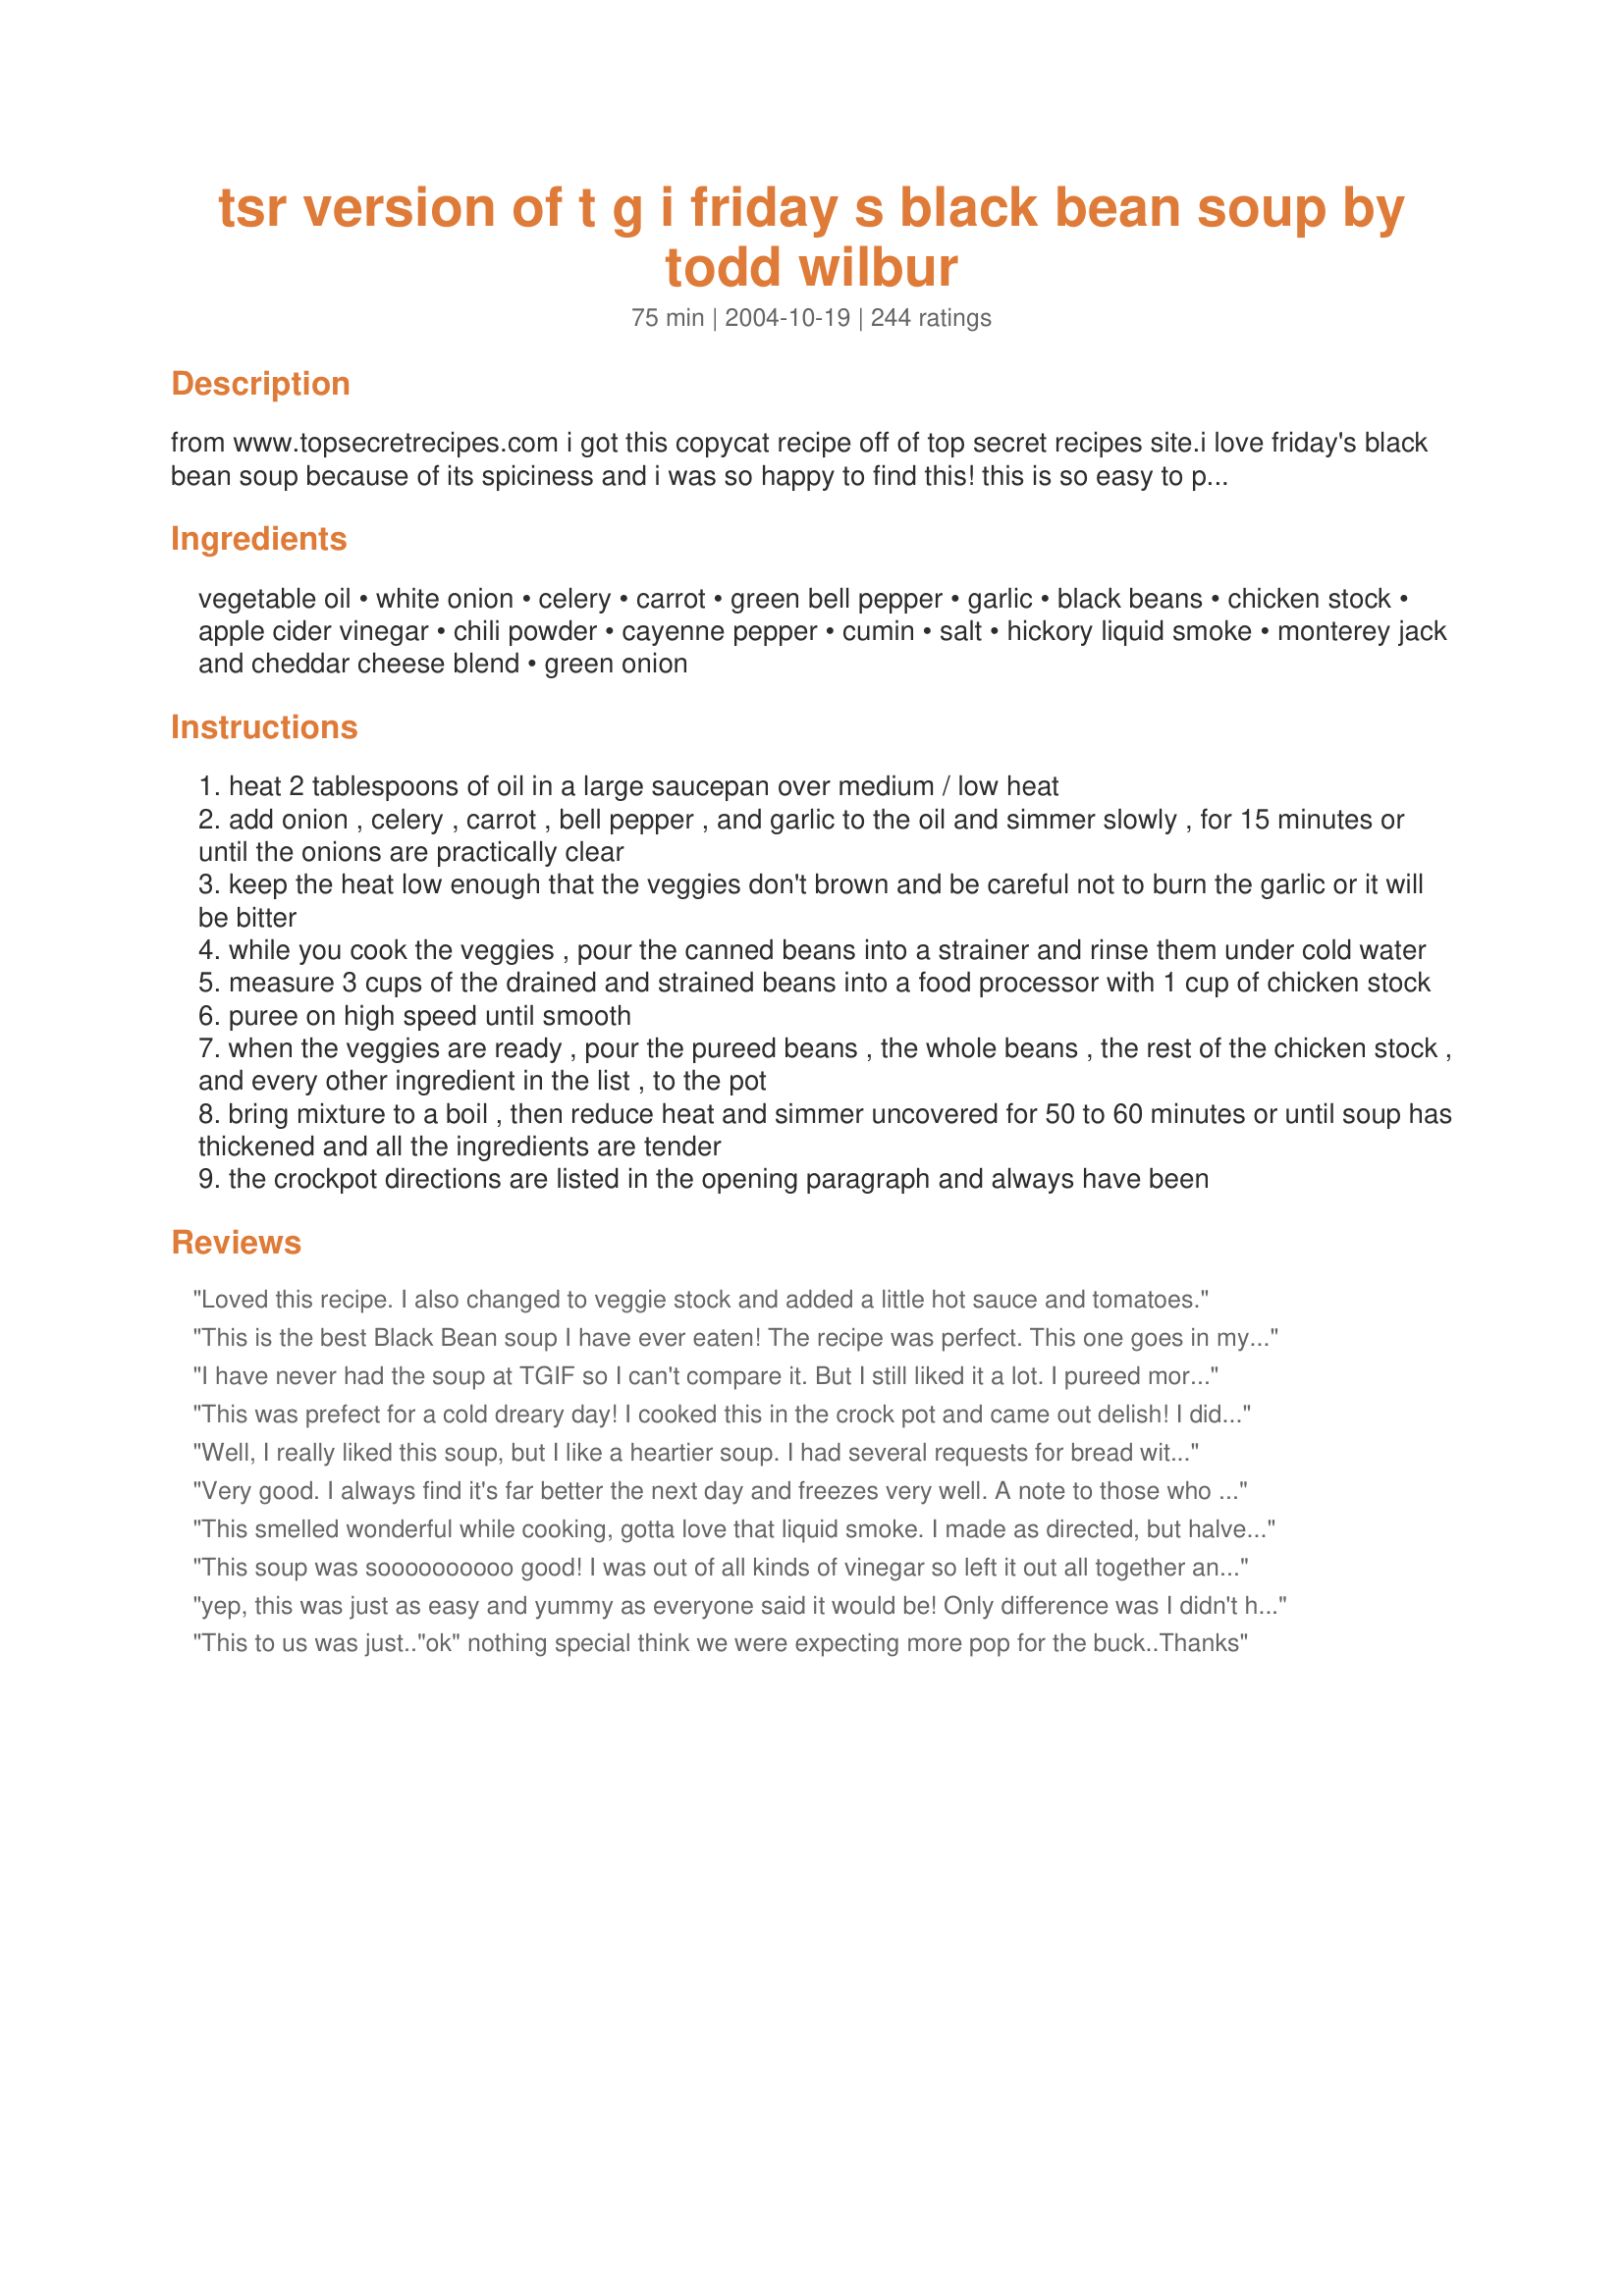
tsr version of t g i friday s black bean soup by todd wilbur
Preparation time: 75 minutes

from www.topsecretrecipes.com i got this copycat recipe off of top secret recipes site.i love friday's black bean soup because of its spiciness and i was so happy to find this! this is so easy to prepare! you can make this soup on the stovetop or in the slow cooker.i brought this soup to a boil on the stove and then put it in the slow cooker and let it simmer on low for 2-3 hours. if you like black bean soup, you're gonna love this!

Ingredients:
vegetable oil, white onion, celery, carrot, green bell pepper, garlic, black beans, chicken stock, apple cider vinegar, chili powder, cayenne pepper, cumin, salt, hickory liquid smoke, monterey jack and cheddar cheese blend, green onion

Steps:
heat 2 tablespoons of oil in a large saucepan over medium / low heat
add onion , celery , carrot , bell pepper , and garlic to the oil and simmer slowly , for 15 minutes or until the onions are practically clear
keep the heat low enough that the veggies don't brown and be careful not to burn the garlic or it will be bitter
while you cook the veggies , pour the canned beans into a strainer and rinse them under cold water
measure 3 cups of the drained and strained beans into a food processor with 1 cup of chicken stock
puree on high speed until smooth
when the veggies are ready , pour the pureed beans , the whole beans , the rest of the chicken stock , and every other ingredient in the list , to the pot
bring mixture to a boil , then reduce heat and simmer uncovered for 50 to 60 minutes or until soup has thickened and all the ingredients are tender
the crockpot directions are listed in the opening paragraph and always have been

Reviews:
Loved this recipe. I also changed to veggie stock and added a little hot sauce and tomatoes.
This is the best Black Bean soup I have ever eaten! The recipe was perfect. This one goes in my "Tried & True" file. Thanks for posting.
I have never had the soup at TGIF so I can't compare it. But I still liked it a lot. I pureed more than the suggested amount of beans because I prefered the consistency. I added a bit of sazon goya. I never would have thought of adding liquid smoke; good idea. Overall, a really good soup.
This was prefect for a cold dreary day! I cooked this in the crock pot and came out delish! I didn&#039;t have any liquid smoke so I doubled up on the cumin and I also added a can of diced tomatoes. I used plain greek yogurt, sharp cheddar and avocado slices for garnish and it was amazing! There was a little leftover and I couldn&#039;t wait to eat it for lunch the next day! Thanks for sharing this recipe! I will be making this again!
Well, I really liked this soup, but I like a heartier soup. I had several requests for bread with this soup, so next time I will serve it with crusty french bread. I increased all the spices by about a half of a teaspoon. I served with a dollop of LF sour cream and some shredded cheddar cheese. Very good. Thanks for posting.
Very good. I always find it's far better the next day and freezes very well. A note to those who don't have a food processor: I put the rinsed black beans in a large bowl with 1.5 cups of the broth and use a potato masher to smash the beans until they reach the consistency I like them to be. It's quick, don't worry. Also, I only use 3 cups of broth total as I like thicker soups. I omit the celery and compensate with bell pepper and carrot. Also, I don't have any other use for hickory liquid smoke so instead I throw in a nice big dash of good smoked paprika. Make this every other week. And vegan too! Thanks for the simple yet tasty recipe Little Bee!
This smelled wonderful while cooking, gotta love that liquid smoke. I made as directed, but halved the recipe and it wasn't very thick... perhaps I confused the directions and used too much broth. However, it was still delicious! I've never liked soups, much less bean soups, but this was fantastic. I look forward to making it often in the winter!
This soup was soooooooooo good! I was out of all kinds of vinegar so left it out all together and it still tasted wonderful - didn't seem like it was missing anything at all! Thanks!
yep, this was just as easy and yummy as everyone said it would be! Only difference was I didn't have celery, and didn't have apple cider vinegar so used red wine vinegar. I don't think my alterations affected it much though. Really thickens up the next day, and becomes doubly filling, so beware your portions!
This to us was just.."ok" nothing special think we were expecting more pop for the buck..Thanks
Very easy and delicious! I follwed the recipe exactly, except I put the veggies in a food processor so they were very fine. My dh and kids (all under 10) loved this soup. We ate it as a soup and as a dip for tortilla chips.
Yum Yum, made this tonight and it is wonderful! Used fat-free, low sodiem chicken broth and fat free sour cream!
Very good soup! The flavors didn't "arrive" fully til the next day. So I'd make it a day ahead if I were serving it for company! Thanks for posting a keeper.
I made this recipe exactly as written the first time and it was good. The second time I omitted the vinegar and the liquid smoke and I used smoked chili powder instead. The second time ended up way better than the first. Still a great recipe and you can play around with it to get the flavor you want. I highly recommend smoked chili powder and no vinegar!!!
I made this recipe on the stovetop & actually skipped the whole pureeing step altogether. I did not have liquid smoke, but did have a smoked ham hock. I debated back and forth about adding it to the pot and I'm glad that I finally did put it in. Wow, everyone raved about it. The baby ate it, my 6 year old loved it and my hubby said to save the recipe! We finished it with a bit of sour cream which really complimented it nicely. My 6 year old also "scooped" hers with corn chips. The only other addition to the original recipe is that I added a leftover mashed up baked sweet potato & 1/2 cup quick cooking barley to the pot about 10 minutes before it was ready to serve and I simmered it for at least an hour prior to that. (I mostly did this because I only had 2 cans of black beans and 1 can dark kidney beans, this made up for at least one can of beans). Thanks for sharing, it was a great one dish meal on a cold night, served with cornbread.
Really good soup -- have eaten at TFIF Fridays many times, but never had this soup. It was really easy to make and it had a great flavor. I did add extra cumin, but otherwise made as directed. I used Goya canned beans which are very good. Served with a salad and corn tortillas. Made a great light dinner tonight! Made for the Cooking Tag Mania, October, 2013.
This is a delicious and creamy soup...love the texture. The falvor is spicy and smoky. If you don't like it too spicy, use half the amount of cayenne pepper. So delcious!!
Awesome soup! The vinegar and liquid smoke added a nice complexity. As with most soups- good the day of, awesome the next! Oh, and noticed that the heat decreased dramatically the next day.
This soup is wonderful..We had it once at TGIF in Hawaii and when I got home I tried to duplicate,with not much success.Though it was good also..The only thing I did differently was omit the green pepper and add 3/4 cup thick salsa.I did everything in my food proccessor,quick and easy...Served with home made flour tortillas..I have this one laminated and in my cookbook..Thank U for this recipe.
very good. Have a batch frozen in the freezer for when cold weather arrives.
I reduced the oil to just a splash but kept the rest the same. It was delicious!
I keep forgetting to post but I have made this a few times now and my husband and I both love it. I use my pressure cooker for the beans and sometimes serve it over brown rice or eat it plain. I haven't had it with any of the condiments, I feel that it doesn't need anything extra.
Awesome and easy! Best black bean soup I&#039;ve ever had. Followed recipe exactly except cooked dry beans first and used those instead of canned beans. This is a keeper!!
I've never had TGI Friday's black bean soup, but I have eaten a lot of black bean soup, and this is definitely a good recipe. I pureed most of the beans and left fewer whole beans than the recipe calls for. Just a personal preference. I cheated immensely on this recipe by simply putting ALL of the ingredients (minus a small amount of whole beans) into my food processor and pureeing it all until it was smooth. Then I just dumped it all in my crockpot. There is a wonderful Cuban Black Bean Soup recipe on 'Zaar that involves more work than this, and it calls for chorizo, which I think would be a great addition to this soup as well. This will be the black bean soup recipe I use from now on due to the ease of being able to throw it all in the food processor and then just go straight to the crockpot with it. Delicious!
This was soo good! The only changes I made were to add a can of diced tomatoes and omit the liquid smoke, but only because I didn&#039;t have any. As other reviewers have stated, do not skip the apple cider vinegar because it really is a key ingredient. The consistency was perfect, and it had a slight Mexican flavor because of the chili and cayenne powders. Top with a little Monterrey jack cheese, green onion and sour cream and add tortilla chips. Good stuff! Thanks for sharing :)
This was wonderful and filling. Left some of it un-pureed for texture. A wonderful tex-mex soup. Served with tortilla strips, grated old cheddar cheese and sour cream for garnish. Saved and WILL be making again.
I made this soup because my hubby and I usually go to Panera for soup. They have vegetarian black bean we enjoy, but this version was many times better than Panera.
I only had 1 carrot, which my hubby didnt mind, but everything else I followed to the T. This is a keeper, I especially liked the tartness of the apple cider vinegar, which I had in the house, but dont know why. Thanks.
Excellent!
I didn't have any smoke, subbed with a half a teaspoon of Worcestershire and couple of tablespoons of bacon drippings instead. I left out the carrots and celery and used olive oil instead of vegetable oil. Also I added a half a teaspoon of dried oregano (some mexican recipes have this) DELICIOUS flavor! Great recipe, I am waiting for it to thicken a bit more. I may add some roux if doesn't get thick enough...
This may be the best soup I have ever had. I expected it to be good, but it was FABULOUS. I LOVE THIS SOUP!!!! I made it exactly as written, except for having to use red bell pepper instead of green (it's what I had). Used Penzey's medium-strength chili powder. Thank you so very, very much for posting this!
This is very good. I made exactly as stated. There are not many recipes I can try to recreate that I can say that As my sense of taste is diminished I usually have to compensate by changing a recipe. and when I rate it I have to use my changes as otherwise it is not fare to the creator as sometimes I want to give a low rating when hundreds of others loved I know it is just my taste buds speaking and not fair to the cook. But this one is exceptional.
Loved it. I started the night before with soaking dried beans. The next morning I did up the onions and carrots etc and added everything in a crockpot and cooked all day. When the beans were cooked I took out about 4 or 5 cups of the mixture and put it through the food procesor and added it back into the crock pot. Yum!!
I threw all the ingredients into the crock pot and let it cook. The house smelled yummy when I came home. We had this with cheese and sour cream mixed in. Thank you!
Loved this soup and it was so easy to fix. I made it in the crock pot, halved the recipe, used one can of black beans and one can of refried beans since that was what I had in the pantry. Love the spice flavor and I used a dollop of sour cream and homemade hot salsa for toppings. Great soup for a cold day. Thanks for posting Little Bee.
YUMMY!!! I pureed the veg along with the beans as some people in our home will not eat them if they see them. I did not have any liquid smoke so I did not add it. Fairly easy, inexpensive and tasty - thank you!
Delicious! I've never had Friday's black bean soup, so I can't compare, but this was very tasty. I will put in about half the cayenne pepper next time, everything else stays the same!
Out-of-this-world delicious! I've made this countless times, and it's been excellent every time! I leave out the liquid smoke and use vegetable broth, but otherwise follow the recipe. Thank you so much for sharing!!
This is MOST EXCELLENT! Got up this a.m. to 22 degree temp, and I knew at 4000 ft it was not going go be much warmer! It's struggled to 40 degrees! Popped all this in the crock, and forgot about it. Brought out, to thaw, a marinated chuck roast that I'll venture out onto the deck to "grill" for beef slices on the soup. The soup is already done, and it's totally over the top! Can't wait to slice some thin strips of chuck to lay on the top, and gobble with some cornbread! It's a KEEPER!
Super delicious, I used the crock pot method. I followed the directions exactly. The only thing was I had to add 2 TBS. cornstarch/water to thicken it. Otherwise, it was delicious.
Great recipe. My husband loves TGI Friday's soup and I have often asked them for the recipe but was not successful in getting it. I put all the veggies in my food processor and chopped them up real fine. Not having to chop the veggies saved a lot of time. The left over soup is in the fridge and I know it will be even better today. Thanks for a recipe I have been searching for.
This soup is outstanding. I leave out the vineger, and serve with diced fresh tomatoes.
This soup was wonderful. I didn't change a thing. The amount of spice was just perfect. I garnished it with sharp cheddar and sour cream. I've made it twice already and I'll be making it many more times. Thanks Little Bee for such a great soup recipe.
With all the cold weather lately this was perfect. I didn't have any cayenne pepper so I improvised and used Tapatio sauce. It definitly gave it a kick. I put the left-overs in individual size foodsaver bags so I can take it for lunch. It freezes well. Thank you!
I've never had TGIFriday's soup so I can't compare to that, but I thought this soup turned out great. I made it exactly as the recipe stated. It wasn't too heavy of a soup (I think because half of the beans were blended up) and it had great flavor. I would say though that the garlic is a bit overpowering, and I like garlic. Next time I'll only put in half. The sour cream, cheese and green onions on top make the soup even better and I bet crushed tortilla chips would also taste great as a garnish. Thanks!
Oh my! This soup is incredible! I've never had black bean soup before but a friend recommended this recipe to me (thanks, Anne!) Just finished a bowlful and am very tempted to get just a little bit more. Made Cornbread With Jalapeno Peppers (<a href="/108693">Cornbread With Jalapeno Peppers</a>) to serve with the soup and it was just perfect for a chilly fall day! Thanks for sharing this recipe! Definitely a keeper!!!!!!
Just ate three helpings of this! Very easy to make, and really delicious. I didn't have any celery or liquid smoke, but followed it exactly. I also added an extra can of rinsed black beans at the end and added the garlic after I added the pureed beans (because my luck, I always burn it when I have my back turned for 2 seconds). Garnished with shredded cheddar and a dollop of sour cream. Next time, I'll defo make some cornbread to go with it. Nice and spicy for this bitter cold weather!
This was yummy! I switched the green pepper for a red pepper, as I can't stand the green ones. I didn't simmer for a whole hour, only about an hour and the celery was a little crunchy. Next time I'd simmer it for the recommended time. All in all, very good. Perfect spice for me.
I make it just a little thinner by not pureeing quite as much of the beans. Also, I skip the salt and use sodium free vegetable stock.
I love this recipe! The only thing different is to sub. with veg stock to make it vegetarian.
Tasty, both my toddlers ate two servings with flour tortillas to dunk.
This is one of those dishes that you wish you could award more than 5 stars. I thought the spice was perfect. I was actually going to add some cut up sirloin to this, but forgot about it until the soup was already going. I'm glad I forgot; this soup doesn't need anything else.
I loved it; it's that simple. I served this with a tomatillo cheddar cornbread (that I will be posting momentarily).
Awesome meal. Just the thing for this cold weather we're having. Thank you! :)
delish! you do not need to cook vegetables in oil though...lighten it up....just soften them in chicken broth.......2 percent or fat free cheese and light or fat free sour cream....excellent recipe, thanks for sharing
This is a fantastic soup! It has a very nice consistency from the pureed step, and it made my apartment smell so good while it was simmering. Just the right level of spiciness, and I like plain yogurt swirled on top. I've been eating this all week with sandwiches for lunch, and it's definately going in my regular "soup and sandwich" rotation. (The only change I made was to use Chipotle Tabasco sauce instead of liquid smoke, becuase I didn't have any on hand, otherwise I made it exactly as written.) I love the fact that this soup is delicious as well as healthy! Thanks for a wonderful recipe!
I generally cook with health in mind, and find this is a solid recipe both in those terms and in terms of taste.
I ended up using 2 cups dried black beans that I soaked over night and boiled separately (next time I'll use 3 cups for an ever thicker chili). I also added one pound of deboned chuck top blade beef since I wanted some meat. Next time I make this, I'll probably reduce the cayenne since I'm pretty weak on heat tolerance. Thanks for the recipe.
Very good soup. I haven't eaten TGIFriday's before, so I can't compare, but this recipe is a definite keeper. I cut it in half and it was plenty for us.
This is a keeper! I was worried that it would be too spicy for me, but it turned out to be just right. I will be making this often. Thanks for posting.
This is delicious! After cooking everything for an hour, I took some of the soup out and pureed it with my immersion blender. Then I returned the pureed soup to the pot. This soup is a keeper!
Made slightly different from the recipe to suit our personal tastes. Omitted the cayenne pepper (too spicy) &amp; cumin (didn&#039;t have any cumin). Used 1/2 tsp.smoked paprika in place of liquid smoke (someone suggested this in the ratings &amp; didn&#039;t have any liquid smoke either). Used a red onion because we were out of the white ones. Everything else in the recipe was used in the soup. We loved it !! Thanks for posting. This recipe is a keeper ! Next time, the recipe will be doubled.
This recipe is amazing....I followed it exactly and the soup is simply delish.
This Black Bean Soup is really easy and really yummy! My husband must have mentioned 5 or 6 times how much he loved this soup. Don't leave off the dollop of sour cream. It really adds to the goodness of this soup. I'll make this one again and again. Thank you, Little Bee!!
Pretty good...I cooked mine a little too long so it gt really thick...had to keep thinning it down, but we ate it all!
Very good and very hearty. Left all the beans whole and was plenty thick enough. Added some crushed red pepper flakes. Will definitely make again!
My 19 year old son made this and followed the recipe exactly, except for substituting smoked paprika for the liquid smoke. It was wonderful! Wish he had doubled the recipe.
This was great! 
Would not change a thing! Thanks little bee for the recipe
Really good - but why is this listed as a crock pot recipe when there are no crock pot instructions?!?!?
I am adding my kudos after taking this to a potluck where nearly every smidgen was gone by the time I got to the crockpot. I've never had TGIFriday's Black Bean Soup, but this was good either way!
Little Bee, thanks so much for posting this recipe-excellent soup and I don't care for black beans! I did a few changes, only used two cans of beans and pureed half-added a little chipotle and chourice. Put it in the crock for 3 hours and came out great!!!!! This is a keeper. Thanks again for sharing.
My husband loves this soup? He said he would happily eat it weekly. I like it too and feel good about serving something nutritous. We eat it with tortilla chips and I have made it with vegetable stock when a friend came over who was vegetarian. It worked great
I LOVE LOVE LOVE this recipe!! I’ve never had Friday’s soup before so I can’t compare the two but this is an amazing dish. I actually lost the recipe and went crazy tracking it down again. Thank you for posting it; it’s become one of my family’s favorites.
This was absolutely fabulous! I put a dollap of sour cream, shredded pepper jack cheese, and chopped raw tomatoes on top... just delicious!
This was very good and a definate keeper! The only think that I may change the next time I make it would be to try it with only 1/4 tsp. of cayenne pepper. Thank you for sharing.
2 tablespoons apple cider vinegar just the right amount
This was so good it made me cry!
Amazing! I've never had TGIFridays soup before so I can't speak to it being similar but it is definitely a keeper and I look forward to making it often this winter.
Made exactly as written, it would have been too thin and runny. With the addition of 2 extra cans of drained, rinsed beans (not pureed) it is delicious. (I made the crockpot version)
Delicious, inexpensive, and healthy. One of my new favorite soups. I have made it on the stove and in the crock pot and I think it comes out better on the stove.
I have tried many different soup recipes and was disappointed in all of them, Until Now!!! This soup was so good, not too spicy either. I cut back on the chicken stock just a little bit, because I like my soup really thick. I topped it with some cheese and crushed tortilla chips, PERFECT!!! Thanks for the recipe!
I&#039;ve never had Friday&#039;s soup, but this recipe was over-the-top delicious! I followed to a T, using dry beans instead of canned. The only change I made was the addition of an ear of corn, and a little smoked pulled pork (left overs that needed to be used up!). This is the sort of soup that warms you all the way through, and fills you up. I will make this again, and again! Thanks for sharing a wonderful recipe.
It is great. Next time I iwll not add the salt. Hearty soup. outstanding flavor. Will make again. Instead of using can beans, I made my own beans and added about 5 cups of beans. I also did not add the green pepper because I do not like green pepper. The flavor was still great and just the right amount of spice.
This is fabulous! My husband is vegetarian, so I used veggie stock. It was still totally great. I'm not even the biggest fan of black bean soup, and wouldn't order it in a restaurant. I just made it because my husaband likes it, but we both had 2 bowls. I garnished it with a dollop of sour cream, shredded cheddar, and fresh lime juice. Delish! Next time I will double the recipe.
Delicious. I added some ancho chili powder for a bit more heat. Loved everything about it! Thanks for posting.
Yum! This was scrumptious! Definitely for black-bean soup loving folks, though, my finicky children and husband didn't care for it...they're crazy! My 12-year-old with the more refined pallet went in for seconds and used her cornbread to wipe up every last drop!

Here are my minor modifications: Didn’t have fresh onion, so had to use onion flakes. Did not have fresh bell pepper so, in lieu, I sautéed frozen green/yellow/red bell pepper mix. Did not have apple cider vinegar, had to use red wine vinegar. Left out celery.

Thanks for a great recipe! 

This was perfect! I didn't have celery, and used extra peppers, used beef broth instead of chicken. Tasty!
This was a wonderful soup! I had all of the ingredients on hand so it could be made without a trip to the grocery store. I used a bit more garlic and added a couple of drops of hot sauce. I served it as part of a mexican meal but the soup was so filling it could have been dinner just on its own. Thanks so much for sharing, Little Bee!
This was GREAT- i followed the recipe as written, except that, after reading Chippie's review, i added extra cayenne. (i live in New Orleans, so i always assume that most recipes are blander than our taste.) MPT SO in this case, and i will go back to the recipe as written next time.
I may try the crockpot, too, one time.It was a whole lot better the next day-remarkably so, so i will make it ahead of time for sure! thanks for a great addition to our permanent"soup rotation" list, Little Bee!
An okay soup. My family was not thrilled enough with it to ask for it again.
Belly rubbing good! We all agree it's the best we have ever had!
Soooo Good.. I omitted the green bell peppers (personal taste), doubled up on the garlic and pretty much all the other spices, used a whole yellow onion, and didn't have the hickory liquid smoke on hand so left that out as well.. Still, it was AMAZING! I also used crunched up tortilla chips.. YUMMMMMY! Thanks Little Bee, will be making this again soon!
This is great!! I've never had TGIFriday's, but this is the best Black Bean soup I've ever had. One pot was not enough.
I have been in a soup mood lately and made this over the weekend when my son was here. We really loved the flavors in this recipe. We didn't change a thing and the result was a wonderfully flavored thick soup that we will have often during the cold months!
This was wonderful. I followed the recipe as given using the crockpot. Cooked it about three hours and it was thin but I like it that way. The green onion garnish was really good.
I made this for a carry in at work and it got mixed reviews - half came back for seconds and half thought it was way to spicy and couldn't eat a second bite. Personally, I thought it was very good but maybe a tad to spicy, which could be the chilpotle chili powder I used. The sour cream, cheese and green onions on top really cut the spice and added to the soup. I followed as written and I will make again but cut the recipe in half because DH was one who didn't like at all. If you like spice give this soup a try.
Enjoyed this recipe! Even the kids loved it. Just the right amount of spice! Quick and easy too!
This is absolutely the best soup. Even my children like it. It is so easy and I serve it with grilled cheese sandwiches. YUMMY!!! And HEALTHY!!!
Absolutely delicious. My boyfriend said it's one of the best things he's ever eaten. I used smoked paprika in place of the liquid smoke and added some red pepper flakes. Instead of pureeing in the food processor we mashed some of the beans in the pot with a potato masher. I will make this again soon. Just finished the last bowl at work for my lunch, of course it got better!
We really liked this one. My veggies were a little too crunchy for my taste (my fault). It had great flavor. Next time I think I will puree more of the beans and maybe add a can of diced tomatoes. This is a keeper. Thanks!
This soup was delicious!!!!!!!!!! Love it.
I made this and received many compliments. I had to add a considerable amount of extra seasoning to get the right flavor. I also used cornstarch to get a thick consistency (and be careful if you do this, because I had "bean globs" where the cornstarch stuck to the beans). I ended up with a terrible belly ache after eating this . . . not for the weak of stomach! Garnished with sour cream and cheese (see photo). Doubled with no problems.
This soup is wonderful!!! I have made it a couple of times. Thanks for the great recipe!
An easy 5 stars *****, hands down! This was a hit w/my husband and three young children!! They kept saying "Good food, Mom!" I accidentally browned the vegetables (i.e. cooked them at too high of heat, too fast) and all was still well w/the flavor!! Otherwise, I prepared the soup exactly as specified! This soup was truly wonderful! It required no at-the-table seasoning. Also, as written, it was mild enough for my children. Served this w/Chevy's Sweet Corn Tomalitos #12977. They are the little balls of steamed cornmeal mixture that you see served along side entrees at some Mexican restaurants and they went perfectly w/this soup! ~Jeff's Girl Way Out West
This is a great soup! I have never had black bean soup so this is a great first try! I made 1/2 the recipe since it was just me eating it (still have lots of leftovers), I used a red pepper instead of green and left out the cayenne. Was very filling and not too spicy for me. I topped it with cheddar cheese and green onions; will be making this in the winter time often. Made for Name that Ingredient Tag.
I read this yesterday and made it last night (1/2 the recipe) to accompany chicken fajitas! What a hit! Brought the small amount left over to work and now everyone wants the recipe! Great soup, esp. if you use the Seasoned Black Beans...very flavorful, and just the right kick! Love it!
Fantatic. Family loved it. Only 1 star missing because it is not excellent, but I will make this a keeper. Very good depth of flavor.
Nice, balanced spiciness. Cooked dried beans from scratch for this, and left it a little chunky. A stick blender does a good job, and saves a dirty pot. Thanks for sharing!
This was great. I added a bunch of cilantro and hickory smoked bacon instead of liquid smoke. The flavors were wonderful. loved the texture. I served this to 8 middle school kids and they gobbled it up! Thanks!
Rockin! I loved this soup! Its super easy to make & pretty affordable to make! For me it lasts a couple days for left overs!

I added 2 jalapenos, an extra can of black beans & some cilantro. This was great with some corn tortilla chips. Add a little lime for some extra zest! Dont forget a Corona either...

Thanks so much for sharing! I will be making this again!
very tasty!! mmmm

hickory is a must! i didn thave enough black beans so i had to mix in a few kidney beans..
Excellent, but I didn't read far enough to realize that the carrots, celery peppers and onions never go into the food processor. Next time I am going to try to blend it all together and add the whole black bean to simmer at the end.

This was first rate soup. I've had Panera's twice recently and this is much better. I love the way the apple cider combines with the cumin and chile powder, resulting in a smoky flavor. I did not have liquid smoke but did add 2 pieces of cooked (microwave bacon)in. I couldn't tell if it helped or not! My whole family cleaned their bowls! I served with my Whole Wheat Rolls with Walnuts and Currants and Ladypit's Sweet and Sour Broccoli.

Roxygirl
After making this soup, I wanted to make it a bit heartier, plus I thought the soup didn't have enough whole black beans. With that being said, I also noticed I ran out of canned black beans, so I ended up adding a can of pinto and a can of soy beans, plus I added 2 cups of frozen corn kernels. Since I added the corn and more beans, I found I only needed to simmer the soup for 30 minutes for it to thicken up. I did want to mention... when saute'ing the vegetables in oil, I did use 2-1/2 tablespoons, plus I added a bit more carrots (2/3's cup). I saute'd the vegetables for 9 minutes before adding the garlic, and after adding the garlic, I only saute'd it for 1 more minute. I enjoyed this soup topped with shredded sharp cheddar cheese and sour cream. I do think by adding the hickory flavored liquid smoke, it gave the soup lots of flavor. My husband and I enjoyed this soup, and I will make this again, but with the modifications I made. Little Bee, thanks for sharing the recipe!!
This was awesome! I had it for a family dinner party tonight & it received rave reviews. Will definitely be making it again.
I made this soup exactly as written, thinking I would probably have to change something the next time. Well, it was perfect as is. Cooked it in the crockpot overnight and it was very good, but a tad liquidy for our taste. (That often happens when I use the crockpot.) However, after reheating it the next day, the soup thickened and was absolutely PERFECT.
Thank you. This is really good.
what a fabulous soup! I was a nervous, as i never had black bean soup before. I decided to try it since it got so many rave reviews. I am glad i did!! This soup has a great spice and was so easy to make. I bought the pre-diced onion/celery mix which made it easier too :) I don't have a food processor, but a blender worked great (i suppose they are the same thing anyway). Thanks for posting!
This is good, and spicy. You can skip the oil and just use water. I used the food processor on the vegies, used only one T. of vinegar, and skipped the liquid smoke, but did add 6 oz. of salsa. DH liked it just fine.
I didn't do anything different. I made a family sized portion, about 1-1/2 times the recipe. It made for a budget friendly meal. The liquid smoke is a nice touch. It adds the flavor of bacon although there is no meat.
Great soup!!!! Never had the TGI Friday's version, but this was wonderful. Followed ingredients exactly and cooked in crockpot for 2 hours. This is a keeper!!!
Little Bee, this soup is fantastic and so easy to put together. I used olive oil (healthier) instead of vegetable oil. I used (1) 14.25 oz. can of (Health Valley low fat & no MSG., 40% less sodium than other leading brands) Low Fat Chicken Broth and (1) can of same brand in the vegetable broth. I did not use the liquid smoke. Garnished with sour cream and 4 Cheese Mexican Blend. Thank you for the post!
My son has been "kitchen kid" lately, so my daughter (almost 10) had to get into the act. Made this with only a little help from me with chopping. I did add a small amount of chipotle in adobo (to keep kid friendly) aside from that,made as directed. Great on a cool night, THANKS
I doubled this recipe and only made a few changes. I did go organic whenever I could. I started mine with a little roux instead of the oil and used red bell pepper because it&#039;s what I had. I also used low sodium vegetable stock (for our vegetarian) and half a 3&quot; seeded jalapeno pepper to add some heat. My soup didn&#039;t thicken much but everyone loved it. It was the only dish that had no left overs. Thank you for sharing.
Excellent! We loved the taste. I added the veggies to the black beans and broth when I blended it.<br/>I cooked it a little longer to make it thicker, but did not change the recipe. Can't wait to have the leftovers! Carole in Orlando
I only made half a recipe but wish I made the whole thing. Very warm and comforting on a dreary,<br/>rainy, winter day. I'm trying to save the leftovers to take to work tomorrow but the bowl in the fridge is calling my name! Thanks for a great recipe Little Bee.
Boy I hate to be the odd duck here, but this just didn't go over at all with my family. I particularly didn't like the twang the apple cider vinegar gave it. The spice combination was very nice though. I had to cook the veggie mixture a lot longer than stated and the beans got kinda mushy.
Although this was pretty good, it just wasn't quite our taste. But thanx for posting.
Good recipe! Since they changed the layout of the recipes, it's easy to miss the crockpot directions on the side of the screen.
It smells so good but too bad, I'm not a bean's fan. Cooked this bean soup for hubby. Wow! He likes it.

 Thanks for sharing.
I love this recipe ...E A S Y ... to prepare, taste is unbelieveable ...BUT ....DON'T FORGET THE CHEESE AND SOUR CREAM ...It completes the complex flavors... great soup!
I had dried black beans so here's what I did.I started them out in the crockpot on high, added 4 cups of homemade chicken stock and a ham bone I had been saving for soup.Added a little water and put the lid on and let it do it's thing.A few hours later I took the lid off, removed the ham bone and mashed the beans with my potatoe masher. Threw the rest of the ingredients in there, with the exception of the celery, didn't have any, and also added some canned chipolte peppers, minced.This soup is delicious, and the vinegar gives it something, so do not leave it out, and if you like the heat and smokiness from the chipoltle, please add them because it upped it a notch. Thanks for this fabulous recipe.
It was a cold, snowy day yesterday and I made this soup with some cornbread for supper. It was very good! I made about half the recipe for the two of us. Mods - Used yellow onions instead of white, white wine vinegar instead of the cider, a homemade spice mixture (cumin, coriander, red chillies) and I didn't measure anything, just added until it felt right. I didn't have liquid smoke either so I added about a 1/4 tsp of smoked paprika - it was awesome. This is a very filling soup, perfect with a side of bread. Thanks, Little Bee, for posting this excellent recipe!
Very good and very easy! I will definitely make this in the crockpot next time as we like our veggies very very soft. Definitely a keeper!
This was great. Just the right amount of spice. I did add some salt. The only other change I made was to add chicken. I wanted to use the soup as a meal and my DH won't eat a meal without some type of meat. Thanks again for the recipe.
Great recipe! We followed the recipe exactly and it turned out great!
Wow! Left out the celery, carrot, and pepper out of personal preferences but didn't really miss it. I cut the recipe in half but then added another can of whole, drained, rinsed beans after reading other reviews. I wish I hadn't cut it in half though!! I don't have much leftover!
Not much more to say that others haven't already said. All 5 of my friends raved about the soup and wished I had doubled the batch. Great with cornbread
I did make several changes based on what we like/what I had on hand, but we really enjoyed this. I did not have celery or carrot, so I omitted them and used extra onion and green pepper. I used vegetable broth to keep it vegetarian, and I have never used liquid smoke so did not have any, but I added extra cumin. It was a very thick soup, but had great flavor and I will make again!
Delicious soup! I used vegtable broth instead of chicken and I used mesquite smoke because I didn't have hickory. I'm not sure how much that changed the flavors, but it was very good. Definitely a keeper.
We really liked this!! It's a great, filling soup. Thanks.
Yummy!
wow this was great!!! I've never had the actual TGI Friday's one.. but I will definately be making this again! the whole family loved it (even my little brother... thats amazing)
loved it!!

~Sarah<3
This was so delicious. I found a new love for black beans. And will definitly make this often this fall and winter. The whole family enjoyed it
Everyone loved this soup! Will be a family favorite! Great for those sports nights when everyone eats at different times!
Left out the celery for personal preference and replaced 1 can of the black beans with a can of pintos with jalapeno peppers. Used 1 mini orange and 1 mini yellow bell peppers in place of the green bells and did not measure the onion, just chopped one up in the mini processor, along with the bell peppers. Great flavor. Next time, may roast the onion, garlic and bells instead of sweating, just for fun. Have tasted and love the flavor; now, if it just thickens a bit. . . Update: did not get as thick as we like, so cooked and added some brown lentils. Seriously yummy stuff here; served with the Oatmeal and Brown Sugar Bread found on this site.
Simply wonderful! The cheese and dollop of sour cream on top makes a nice presentation. Warning: don't let it simmer unattended on burner -- it will burn on bottom. (How do I know?) Next time I will put in microwave for simmer time...
This became part of our regular fare after trying it last fall. I usually use dry beans (so it becomes a budget meal) and prepare enough to freeze some for lunch the following week. Great tangy flavor!
Hubby asked me to make black bean soup for dinner and I didn&#039;t have time to actually cook dry beans. I found this recipe and I&#039;m glad I chose to make this one! Easy and very tasty. I did add more veggies because my family likes them, but otherwise I followed the recipe. Soup is even better the next day!
WOW ! I wish I could give this recipe MORE stars !! It is sooo good !! I made exactly as written and it is PERFECT !! A new favorite that will be made a lot as the weather turns cooler. A very warming, tasty, soup !!!
Yum! Thank you for posting this. I loved this at TGIF, but remember it being too spicy in the restaurant, and the waitress said they couldn't change it for me. So now I can change the cayenne to 1/4 t on my own!
Another 5 stars! I've never had TGIF's black bean soup so I can't compare but I know this recipe is delicious. I only had red onion on hand and used olive oil rather than vegetable oil. I added about 4 heaping tablespoons of mild chunky salsa while cooking. The consistancy was perfect; not too thick and not too brothy. And the flavor has a nice little kick. Thanks, Little Bee!
Oh Little Bee! This is a wonderful recipe! Dan told me to give you 15 stars for this one : ) Simple to make for a fantastic soup filled with lots of flavor! Thanks so much, Little Bee!
This was excellent
I've never had the TGIFriday's version, but this was a big hit with the whole family. I doubled the recipe and left out 2 cups of the broth since I didn't have time to let it cook down that much. I thought 1/2 a jalapeno would be good, but next time I'll leave that out since it distracted from the flavor of the soup. After our hungry family of 5, we had enough leftover to freeze for a few lunches for Dad later. I served it with #4496 Cornbread, and for toppings had cheese, green onion, cilantro and sour cream. Will definitely be doing this again!
LICK THE BOWL GOOD! Phenomenal recipe. I cook low fat and vegan so just sautee in a nonstick pan and sub veggie broth for the stock, otherwise exactly to recipe (kids & hubby put cheese on theirs but mine's fine with just the green onion slices). I double batch this and barely have leftovers. My kids LOVE IT! Thank you so much for sharing!
It's snowing outside, so I wanted some soup and have wanted to make this for a long time. I can't keep myself from eating it out of the pot! It is so good. I was out of cayenne, so I used red pepper flakes (since my DH likes it spicey) I used my coveted home made chicken stock from the freezer and it was worth it! Don't forget the vinegar... it really does add another depth of flavor! Wonderful soup recipe that everyone must try!
This black bean soup is wonderful! My DH ate 3 or 4 bowls of it! After dinner I let the little bit that was left simmer to the point where there was very little liquid. The next day I warmed it up and wrapped it in a tortilla - it was wonderful also! Thanks for a great recipe I will be making again!
A really nice recipe. I added some diced ham to mine to add some extra flavor, but if you do, I would suggest using low sodium broth to balance out the salt from the ham.
This is the best black bean soup. Use the canned beans.... they make a much heartier soup. I've had both versions... using dried beans from scratch and using canned beans. Canned beans make a huge difference. This is a good protein source for me. Thanks for the recipe. I like to add freshly chopped cilantro to this soup. ... along with a jalapeno pepper.
Awesome. I did leave out the vinegar because it normally isn't to our taste. Nice to see something so healthy soooo good.
I also saw this recipe on topsecret recipes and promptly made a batch just in time for your review. This is a wonderful soup and is an exact carbon copy of the one they make at TGIFriday’s. Chopping is the hardest part, and cooking is a cinch. The smooth spicy base contrasts well with the added whole beans and vegetables. I especially loved an occasional diced carrot to munch on. I adjusted the spices though and deleted the green pepper. ½ teaspoon of cayenne pepper is too much for me. I also subbed 1/2 low sodium broth for the total amount called for in the recipe. I would have this soup more often at TG’s but now I can please myself by making those adjustments at home. If you are a black bean lover…you will love this soup! Thanks Bee for posting this recipe for all to enjoy! You won’t be disappointed!

Didn't use chili, cayenne or liquid smoke. Was real good.
This was absolutely AMAZING! I followed the recipe exactly, except I did add a package of diced smokey links (my hubby won't eat it if there is no meat in it). It was really good. Thanks for the great recipe. A definate keeper.
Perfect! I had a meaty ham bone in the freezer and simmered that in the soup. SOOOOOO good. Thanks for a great recipe.
WOW! What a great soup. Thanks so much for posting this recipe. It was easy to make and all the flavors are just great. I will be making this again and again.
I turned this into a vegan soup by using vegetable stock instead of chicken stock, and using vegan cheese and sour cream for the garnish. Because children were eating it I omitted all the cayenne pepper and reduced the chili powder to just a half teaspoon. It turned out fantastic, and filled my house with the most delicious smell! My kids, aged between 1 & 8, loved it, and it definitely had a lack of spiciness while also still retaining a mild chili flavor. I added 2 cups of water during the last half hour of simmering to stretch the quantity a little (lots of hungry mouths to feed), and it didn't take any of the flavor away. I will definitely be making this again, thanks! :)
I usually never cook with black beans but bought one tin just to try it once.<br/><br/>Well, one can was not enough for this soup and I added one can of chick peas but otherwise followed the recipe. <br/><br/>The taste was super and I will make it again.
This was good but not my favorite black bean soup recipe. I've concluded that I like a tomato element included, which this was missing. I shredded instead of dicing the carrot and left out the celery. I also used vegetable broth to make it vegetarian (or vegan actually). I sauteed the veg and then tossed everything in my crockpot on high for 1 hour, then down to low for 2 hours. Thanks for posting!
Wow! This soup is something else--the whole family liked it. I wasn't too sure about the vinegar--I thought it might be a misprint because it smelled kind of strong at first. But by the time it simmered for an hour, yum, just right.
This recipe is simple enough to make on a week day, and yummy enough that you will believe you were served up at the restaurant! I did not have to change a thing, other than leaving the green onion off the top and adding broken Tostito Gold (Thick ones) chips.
Delicious. I followed some other's advice and added a little more "spice" to mine. It was very good and for two days following I used the beans for quick burritos - And I still had enough to freeze a serving. I will make this many times again. Thanks.
This soup is to die for. I love the way the liquid smoke gives it a chopotle taste. If you like black beans you will love this.
wonderful soup! I added a little jalapeno powder and chipotle powder for a little heat. I may add some corn or a little bacon next time too. Went very well with Corn and Black Bean Quesadillas Recipe #293349. Perfect for dipping in the soup.
This was great! I followed the recipe exactly. Turned out wonderful.
YUM YUM YUM!!!! Did a few things a little different but overall kept the recipe as is. I added more veggie's (I love the chunks of vegetables!), added lime juice to the pureed black bean mixture and added one can of petite diced tomatoes. My roommate and I absolutely loved this! It will be a new staple in our house!
I have made this soup several times over the last 6 months and it is wonderful every time. I doubled the recipe the last few times I made it and it never disappoints me. I used canned black beans and added a chopped Jalapeno pepper (seeds and all) because that is what I have on hand and I like a bit of a bite to my soup. A perfect source of protein as well as being filling and totally satisfying. It freezes well. Thank you so very much for posting this amazing recipe.
This soup is ridiculously good, and I daresay, better than the original. 

Friday's made the mistake of discontinuing the soup when I went there hungry, pregnant and itching for BB soup about 4 years ago!

I make double batches of this soup and freeze 2 servings per ziploc container. It thaws and reheats very well and it deeeeee-LICIOUS!
Made this last night for a big group of family (doubled the recipe). Everyone loved it!! I was in a time crunch, so minced the garlic but used a pre-cut, frozen mix of onion, green & red pepper, and celery. No carrots. Truly turned out great! At first, I thought it tasted a bit bland and so added a couple extra dashes of chile powder and a dash of cumin right at the end of cooking time. Just wonderful!!! Thanks Little Bee!!!
Really good soup! As recipe states, it actually does make about 6 cups, which is a perfect amount for us here. Very thick and spicy.
Wow! This is a great soup recipe. I made as written but added 1/2 cup of corn. I will make this again and again!
I bought the Todd Wilbur Top Secret Restaurant Recipes book for this recipe alone! My wife and I love this soup and were very sad to see the last time we went to Friday's that it was no longer on the menu :( (Good thing we have this recipe!) Have made many times and wouldn't change a thing. Hands down the best black bean soup recipe and one of our top 5 soups of all time!
I love this recipe! I've been making it for about a year now and it's so good. it's the only black bean recipe I'll make.
it was very tastey. i added some chesse and green onions on top. it made it even better. This is the best soup i've ever tasted.
We loved this soup! I increased the chili powder and added in 2 jalapenos for extra spice, just so good! Thanks Little Bee for this great recipe!...Kittencal:)
I've made this several times on Sunday nights for easy and healthy lunches during the week. For some reason, I'm not a fan of cooked celery, carrots, or bell peppers, so I eliminated those, and added in a bit my cayenne and chili powder. Once, 15 minutes before it was done, I added in a bunch of super-healthy kale, and last night, I added in a bunch of spinach instead. I serve it with some avocado - Yum! Thanks for the recipe!
I have my soup simmering away right now and just snuck a taste...WOWZA! Must I really wait the extra 20 minutes? The only ingredient that I left out was the hickory liquid smoke. My kitchen smells great - thanks for a wonderful find!
I made this originally as a soup, but it ended up a side dish. Very good. I cut it in half, and when it was done cooking it was VERY thick. I thought I could either thin it down to make a soup, or just use it as a side dish to my dinner. I always make it that way now. We love it served with #107142 New Mexico Style Chicken Chile Casserole. YUM!
This is a great soup! It is very thick and hearty, tasty, and was not difficult to make. I made on the stovetop in my Dutch oven. I only had 3 cans of black beans so for the fourth can I used Pinto beans, which seemed to work out fine. I used a vegetarian-friendly substitute called "No Chicken Broth" for the chicken broth, and I ran out of regular chile powder before I had 2 tsp, so I subbed some ancho chile powder to make up the difference. These modifications worked out fine. I enjoyed topped with green onion and Monterey Jack cheese as suggested. I'll be making this again. Thanks!
I thought I was making this for my husband; I was surprised that I enjoyed it so much! I didn't change anything, this recipe was perfect.
YUMMY!!!! I didn't have any green pepper so I left that out. I made a small batch because I wasn't sure if I would like Black Bean Soup. Should have made a big batch! Thanks!
TERRIFIC is all we can say,<br/>Remember TGIF's...this soup MADE MY DAY!<br/>Quick, delicious, healthy too!<br/>HIGHLY recommended to you too!<br/>For those in Australia, found black beans at Asian Grocery, TRUE!...vacuumed packed or dry, is up to YOU!<br/>UPDATE: Made this again today! Got the WHOO HOO again is what I can say!
Super easy and tastes awesome! Thanks for a great recipe!
Made me so hungry smelling this while simmering. Didn't miss the cayenne I didn't have. Served it with a dollop of sour cream and fresh chopped cilantro with a side of corn bread. Wait until ready to serve to see if you really need to add salt. Don't be afraid to puree the beans well. The leftovers perk up well with a dash of lime. First recipe I've ever taken a picture of. Thanks.
Made exactly as recipe stated and this was amazing!!! What a wonderful, hearty soup recipe. It tastes utterly divine! Can&#039;t wait to make it again!
I don't know how it compares to TGIFriday's, but this is good soup. Thanks!
Pretty good black bean soup. I think the best ive tried. I made a few minor modifications to it. I had a smoked turkey wing in my freezer that i added to it. I also replaced the cayenne with chipotle powder. The soup had just the right amount of heat. It was very creamy and satisifying. I ate with carnetas. Pefect match for it
I thought I had reviewed this but apparently I have been too busy making it! This is my favorite recipe! I would rather have this soup than a piece of chocolate cake! My kids will even eat it! I usually make the low fat cornbread to go with it. Yum Yum!
So good. I've made it several times and its always a hit. Haven't tried it with the liquid smoke but can't say I felt anything was missing. Great for a crowd!
Delicious soup! I love all the added veggies in the background and the black beans were great (should eat them more often.) I subbed Knorr's Homestyle Stock for the chicken stock (as I was out) and just made up the rest with some leftover beef stock in the fridge. The cayenne proved too much for my youngest (7yo), but that was somewhat expected. I maybe could have decreased the cayenne by a tiny amount, but not by much as I found it great as is. I forgot that I had the green onions and sour cream, but honestly, it wasn't missed and was great with a sprinkling of cheese alone. Oh, and it was absolutely fantastic for lunch the next day, served over rice! Thanks so much for sharing.
Excellent, and even better the next day.
Not that ANOTHER 5 star review is really needed, but I've just gotta rate it for future reference--because this is going to be made many MANY more times! I subbed red onion for the white and sweet potatoes for the carrot. I also used dried beans that I had cooked up and frozen ahead of time. I simply simmered them in a separate pan with the stock until they were thawed, then mashed it all with a potato masher before adding to the rest of the ingredients. I did add a touch more salt, but I think that's because my homemade stock isn't salted very much. All in all it was thoroughly enjoyed!
Oh Man was this good! I've never had the TGI Friday's version of this, so this is my standard. Didn't stray from the recipe one ingredient. I went the crockpot way and Only thing I added were tortilla strips. Crock-pot is just to easy. Outstanding dish! I can impress with the dish. Definitely will be making again! P'rciate cha!
I made this exactly as written and it was delicious!
This was sooooo good! Thanks so much for posting!
I made this soup tonight,very easy,and added everything per the recipe but also added a chopped leek with the vegetables and some Elk Sausage to the final cooking stage.. This was soooo good!!! Hubby also loved it, and he's picky, trust me... Thanks for a delicious soup.
Best black bean soup I have made or tasted. Well seasoned and loved the smokiness from the liquid smoke. I would say that is a key ingredient. Thanks for sharing.
I made this for lunch today and it was excellent! The spices are perfect. However, if you top the soup with cheese, it neutralizes the heat from the cayenne pepper. I think next time, I'll just serve with the onions or I'll increase the cayenne pepper. Just my own personal taste - - I like it spicy! Thanks for posting this great recipe!
Update: I have been making this soup weekly and am addicted to it! To lighted it up, I saute the onion, celery, carrot, bell pepper and garlic in 1/4 cup water until softened and just omit the oil. This doesn't change the taste of the soup at all and cuts calories - - a win/win! Just a great soup!
This was really good! I made it in the crock pot, with half dried beans and half canned. I also added some sliced jalapenos for some kick. It made a HUGE mess when I was blending it though! Thanks for the great winter recipe Little Bee!
I really like this recipe. I have made it several times now. I also freeze left overs into one serving size portions. So I can have it for lunch anytime.
It may be a Top Secret, but the secret's out :) I told my sister and my mom and my friends about this delicious soup. I don't know when I have enjoyed one any more than this one! DH enjoyed it so much too, that he was full of compliments, which don't come easy! TG I found this recipe! We will need more of this soon. Thank you!
Yummy! I made this as written, but only pureed about 2/3 of the beans. This has great flavor. Don't skip the cider vinegar or the hickory smoke flavor. They are key ingredients. Thanx for sharing !
Great soup I made half a recipe and it was great. I had to use different ingredients but still turned out great. Very versatile recipe.
I just loved this. I did it the same thru step 4 then I put all the ingredients except for 3 of the four cans of beans into the crockpot then about 9 hours into cooking added the other 3 cans and cooked an additional 2 more hours and it turned out wonderful thank you very much
Great recipe! I did add one jalapeno, seeded and finely diced because we like a little mroe spice. We also like our soups a bit thicker so next time I will substitute 1 can of refried black beans for part of the pureed (shouldn't change the flavor too much that way!).
Wonderful recipe. I didn't have celery on hand so I upped the carrots a bit. I also added 1 more teaspoon of chili powder for an additional kick and used vegetable broth to make it a vegan recipe. Soooo delicious.
Excellent! Made up for a week's worth of lunches at work, and it was even good cold! Thanks Little Bee!
This was delicious!! We eat a lot of soup at our house in the cool months, so it was perfect timing to try this recipe out. It will definately go into the regular meal rotation this fall/winter. The only thing I will do differently is to add just a bit more cayenne pepper and liquid smoke. Thanks for the great recipe!
Yum! I served this as part of my Thanksgiving dinner. I omitted the oil, salt, liquid smoke, cheese, and used low sodium veggie stock- delicious! Thanks for sharing.
What can I say since everyone has already said it? This was deeelish! The only I will do different next time is double the recipe. I went to the grocery to get stuff for 6 soups and spent the rest of the day prepping. I got 3 of them finished, 3 to go. This one was my favorite so far
MaryAnne
Excellent flavor! Very well rounded unlike a lot of bean soups I&#039;ve tried. I used low sodium beans and thought the saltiness was perfect. I also just pur&eacute;ed the beans with an immersion blender in the same pot after moving the veggies aside, lot less clean up!
This soup is amazing! The only change I made was to use 1 chipotle pepper and approx 1/4cup adobo sauce in place of the liquid smoke. DELICIOUS!!!!!
This turned out great. I did things a little different then the recipe. I used 1lb of dry beans that I simmered for 2 hours then used just like canned beans. I also added 1 lb of cooked chicken breast. Very nice recipe!
Wow..so good...I followed the recipe exactly...However, I didn't have any sour cream but it is still soooooo delicious..thanks for posting it.
Excellent! Made this vegan by using vegetable broth and cooked it in a crock pot.
Made this last night exactly as the recipe stated and let it sit overnight in the fridge. Had it for dinner tonight and have to say it was excellent with just the right amount of heat for us. Will definitely make again. Thanks for sharing!
Whole family enjoyed this. I simmered in the crockpot for at least 2 hours. It was really watery when I removed the lid so I turned up the heat and simmered a bit longer, without the lid. It was a perfect consistency. I served it over white rice and offered chopped onion (didn't have green onion but the regular tasted great with it), grated cheese and sour cream as condiments. Thank you for posting this.
DH was not impressed when I said I was making bean soup. He changed his mind after one taste!
Pretty tasty!
Excellent soup. Used my chipolte seasoning and had a nice heat. Served it with rice, sour cream and shredded cheddar. We'll have it again.
This is so good. My husband who won't eat soup unless is has meat even loved it. I only had 2 cans black beans, 1 pinto and 1 butter but it turned out great. Will be making this lots.
Nommers! Yummy from the first slurp! &#039;Twas a hit with the family! I used olive oil and red onion (instead of vegetable oil and white onion). For garnish, I had shredded mozzarella on hand, so I used that. I also substituted the sour cream with plain Greek yogurt. Oh, I added some chopped avocado which really was nice. While eating, we began talking about how it could be made for special occasions/other people! Anyway, I highly recommend this recipe! Enjoy :)
Terrific soup, and easy to make. i didn't have the cayenne or the liquid smoke, but it was still good. it's even better the second and third day.
81 people cannot be wrong; and they were not! My dad said it ranked in his top 5 all time best soups. Followed exact directions and came out perfect. Will defo make again.
Yum! Even my pick 9 year old loved this!
I've never had Friday's black bean soup, but this recipe got a BIG thumbs up from everyone, even my 4 year old. Very good soup! The liquid smoke really makes it. Thanks!
This soup was so fantastic! I did make a few changes due to what I had on hand...I used 1 tablespoon of regular vinegar instead of the apple cider vinegar...and only one teaspoon of chili powder (which was good because it was just spicy enough that my kids enjoyed it!)...I had no liquid smoke, so that did not go into the mix. Still, it was superb! Thanks for the recipe!
Great soup and gets even better the next day! Thank you very much for an easy recipe with fabulous flavor.
Delicious soup and very hearty. I used the liquid smoke and definately recommend it, it added such a nice flavor! Thanks!
The perfect soup for first day of cool Fall weather in Austin, TX! I threw in a can of Rotel tomatoes, fresh cilantro & lime juice, so I deleted the cayenne. Awesome flavor! Better quit "tasting" or there won't be enough for supper! Thanks for sharing this recipe. I'm only sorry it took me 8 years to find it! :-)
I've never had Friday's BB soup, but this is a good, basic soup recipe. Mine was quite spicy so the heat level may depend on how fresh your cayenne is.
This recipe is perfect! I've never been able to get the right ratios in a black bean soup, until now. Thanks!
Excellent soup. I served it with green onions and a sprinkle of cheddar cheese. A keeper for sure.
I made this soup as a side-dish with chicken enchiladas and it was a hit. Even my one-year-old gobbled it up. I will be making this again soon! Thanks for the recipe.
Nice soup. I found this a little too spicy when made with Recipe #22859, and too light on the veggies. Next time I will up the veggies and reduce the chili powder/cayenne. I used cooked, dry beans as I cannot get canned ones here.
I would double the recipe to make 6 servings. Three of us ate almost all of it the first night. Fantastic recipe!
Great taste and very filling. Very. Doubled the carrots and left out the celery.
I really enjoyed this soup. Hubby said it was ok but he's not really a soup guy...more meat and potatoes. I think next time I might make my own beans and add some jalapenos. Thanks for sharing!!
Very good soup recipe! Although after tasting it this morning, I think it needed a little more kick so I added 1 more tsp of chilli powder and 1 extra tsp of cayenne pepper. Also, I prepared this on the stovetop from steps 1 through 8 and held out the whole beans. At this point, I plopped the soup into a crockpot and placed on low for approximately 8 hours and in the last 2 hours I added the whole beans (didn't want them to turn to mush). I agree with another poster that the chopping was the hardest part and the cooking was a "no brainer". Posted a couple pics that I took this morning before heading out for work and will post a nice bowl shot with the fixings tomorrow as this will be dinner tonight! Thanks for posting Little Bee!
Exactly what I was looking for! I didn't have the liquid smoke on hand, so I didn't use it. And I also wanted to use up my cilantro... maybe 1/4 cup chopped. So yummy!!!
